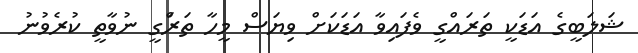
ޝަލަބީގެ އަޑަކީ ތަރައްގީ ވެފައިވާ އަޑަކަށް ވިޔަސް މީހާ ތަރަްގީ ނުވާތީ ކުރެވުނު